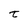
Character: t